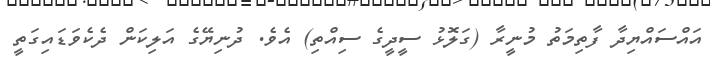
އައްސައްޔިދާ ފާތިމަތު މުނީރާ (ގަލޮޅު ސީދީގެ ސިއްތި) އެވެ. ދުނިޔޭގެ އަލިކަން ދެކެވަޑައިގަތީ